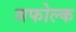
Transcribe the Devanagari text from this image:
सफोल्क